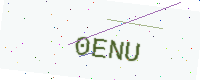
Text: 0ENU